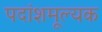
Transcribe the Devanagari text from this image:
पदांशमूल्यक